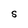
Character: S